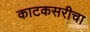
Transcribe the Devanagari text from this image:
काटकसरीचा